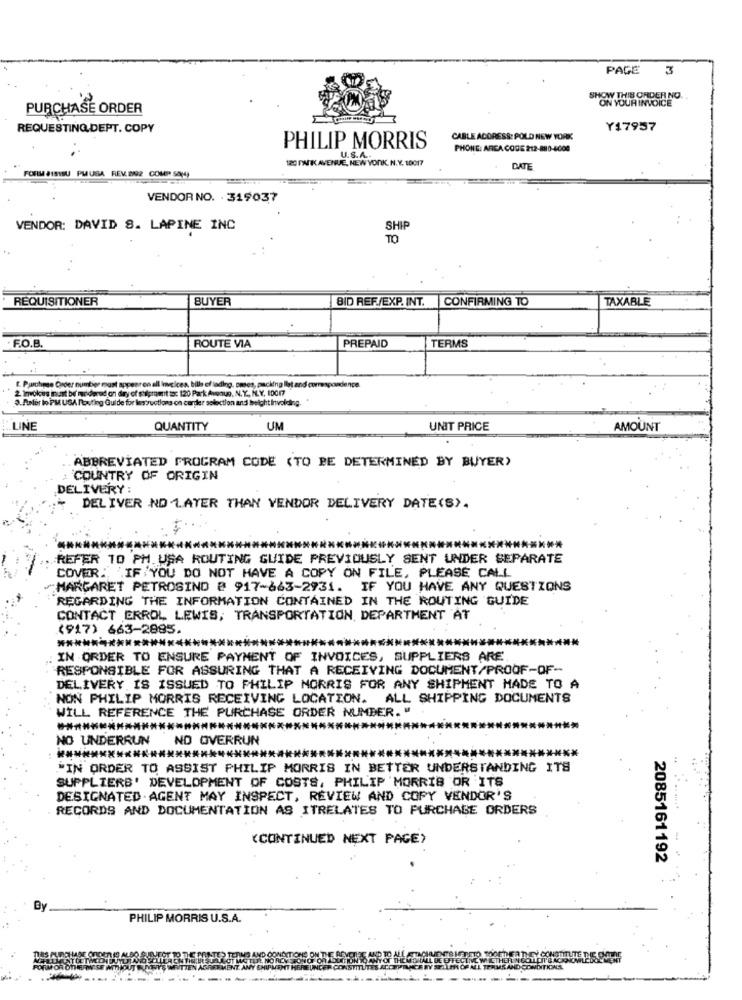
PAGE
3
SHOW THIS ORDER NO.
ON YOUR INVOICE
PURCHASE ORDER
REQUESTING,DEPT. COPY
Y17957
CABLE ACORES&: POLD NEW YORK
PHILIP MORRIS
PHONE: ARCA CODE 212-8810-4000
120 PARKAVENUE, NEW YORK, N.Y. 10017
U.S.A ..
FORM JIS1SU PLUSA REV.802 COUP SOM
DATE
VENDOR NO. 319037
VENDOR: DAVID 8. LAPINE INC
SHIP
REQUISITIONER
BUYER
BID REF./EXP. INT. CONFIRMING TO
TAXABLE
PREPAID
F.O.B.
ROUTE VIA
TERMS
2 1mvokus must be murdered on dry of silpromit to: 120 Park Awoun, N. Y ., IL.Y. 10017
E. Purchase Order numtier must appear on all invoices, bill of lading. pmses, packing llet and correspondence.
3. Asfor lo PM USA Routing Guide for lenructions on cardler selection and height Involding.
LINE
QUANTITY
UM
UNIT PRICE
AMOUNT
ABBREVIATED PROGRAM CODE (TO BE DETERMINED BY BUYER)
: COUNTRY OF ORIGIN
DELIVERY :
DELIVER NO LATER THAN VENDOR DELIVERY DATE(S).
REFER 10 PM USA ROUTING GUIDE PREVIOUSLY SENT UNDER SEPARATE
COVER: 'IF YOU DO NOT HAVE A COPY ON FILE, PLEASE CALL
MARGARET PETROSINO @ 917-663-2931. IF YOU HAVE ANY QUESTIONS
REGARDING THE INFORMATION CONTAINED IN THE ROUTING GUIDE
CONTACT ERROL LEWIS, TRANSPORTATION, DEPARTMENT AT
(917) 663-2885.
*************
IN ORDER TO ENSURE PAYMENT OF INVOICES, SUPPLIERS ARE
RESPONSIBLE FOR ASSURING THAT A RECEIVING DOCUMENT/PROOF-OF-
DELIVERY IS ISSUED TO PHILIP MORRIS FOR ANY SHIPMENT MADE TO A
NON PHILIP MORRIS RECEIVING LOCATION. ALL SHIPPING DOCUMENTS
WILL REFERENCE THE PURCHASE ORDER NUMBER. "
NO UNDERRUN
ND OVERRUN
."IN ORDER TO ASSIST PHILIP MORRIS IN BETTER UNDERSTANDING ITS
SUPPLIERB' DEVELOPMENT OF COSTS, PHILIP MORRIS OR ITS
DESIGNATED.AGENT MAY INSPECT, REVIEW AND COPY VENDOR'S
RECORDS AND DOCUMENTATION AS ITRELATES TO PURCHASE ORDERS
(CONTINUED NEXT PAGE)
2085161192
By
PHILIP MORRIS U.S.A.